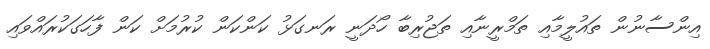
އިންސާނުން ތައުލީމާއި ތަމްރީނާއި ތަޖުރިބާ ހޯދަނީ ރަނގަޅު ކަންކަން ކުރުމަށް ކަން ފާހަގަކުރައްވައި